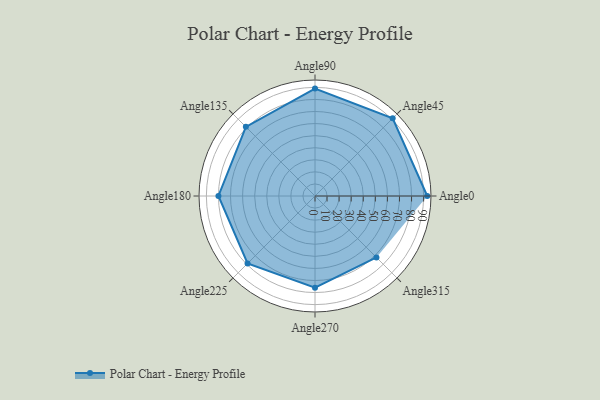
{"axis": {"x": "Angle", "y": "Radius"}, "legend": [""], "data": [{"x": "Angle0", "y": 93.0, "type": ""}, {"x": "Angle45", "y": 91.0, "type": ""}, {"x": "Angle90", "y": 89.0, "type": ""}, {"x": "Angle135", "y": 81.0, "type": ""}, {"x": "Angle180", "y": 80.0, "type": ""}, {"x": "Angle225", "y": 79.0, "type": ""}, {"x": "Angle270", "y": 76.0, "type": ""}, {"x": "Angle315", "y": 72.0, "type": ""}]}